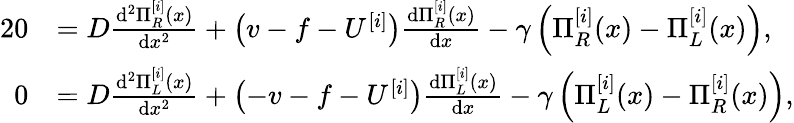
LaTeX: \begin{array}{rl}{{2}0}&{=D\frac{\mathrm{d}^{2}\Pi_{R}^{[i]}(x)}{\mathrm{d}x^{2}}+\left(v-f-U^{[i]}\right)\frac{\mathrm{d}\Pi_{R}^{[i]}(x)}{\mathrm{d}x}-\gamma\left(\Pi_{R}^{[i]}(x)-\Pi_{L}^{[i]}(x)\right),}\\ {0}&{=D\frac{\mathrm{d}^{2}\Pi_{L}^{[i]}(x)}{\mathrm{d}x^{2}}+\left(-v-f-U^{[i]}\right)\frac{\mathrm{d}\Pi_{L}^{[i]}(x)}{\mathrm{d}x}-\gamma\left(\Pi_{L}^{[i]}(x)-\Pi_{R}^{[i]}(x)\right),}\end{array}